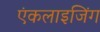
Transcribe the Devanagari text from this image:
एंकलाइजिंग